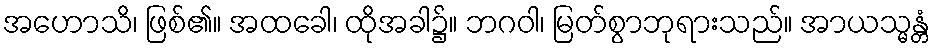
အဟောသိ၊ ဖြစ်၏။ အထခေါ၊ ထိုအခါ၌။ ဘဂဝါ၊ မြတ်စွာဘုရားသည်။ အာယသ္မန္တံ